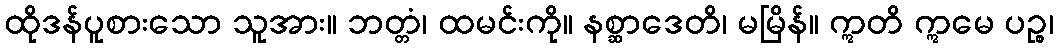
ထိုဒန်ပူစားသော သူအား။ ဘတ္တံ၊ ထမင်းကို။ နစ္ဆာဒေတိ၊ မမြိန်။ ဣတိ ဣမေ ပဉ္စ၊